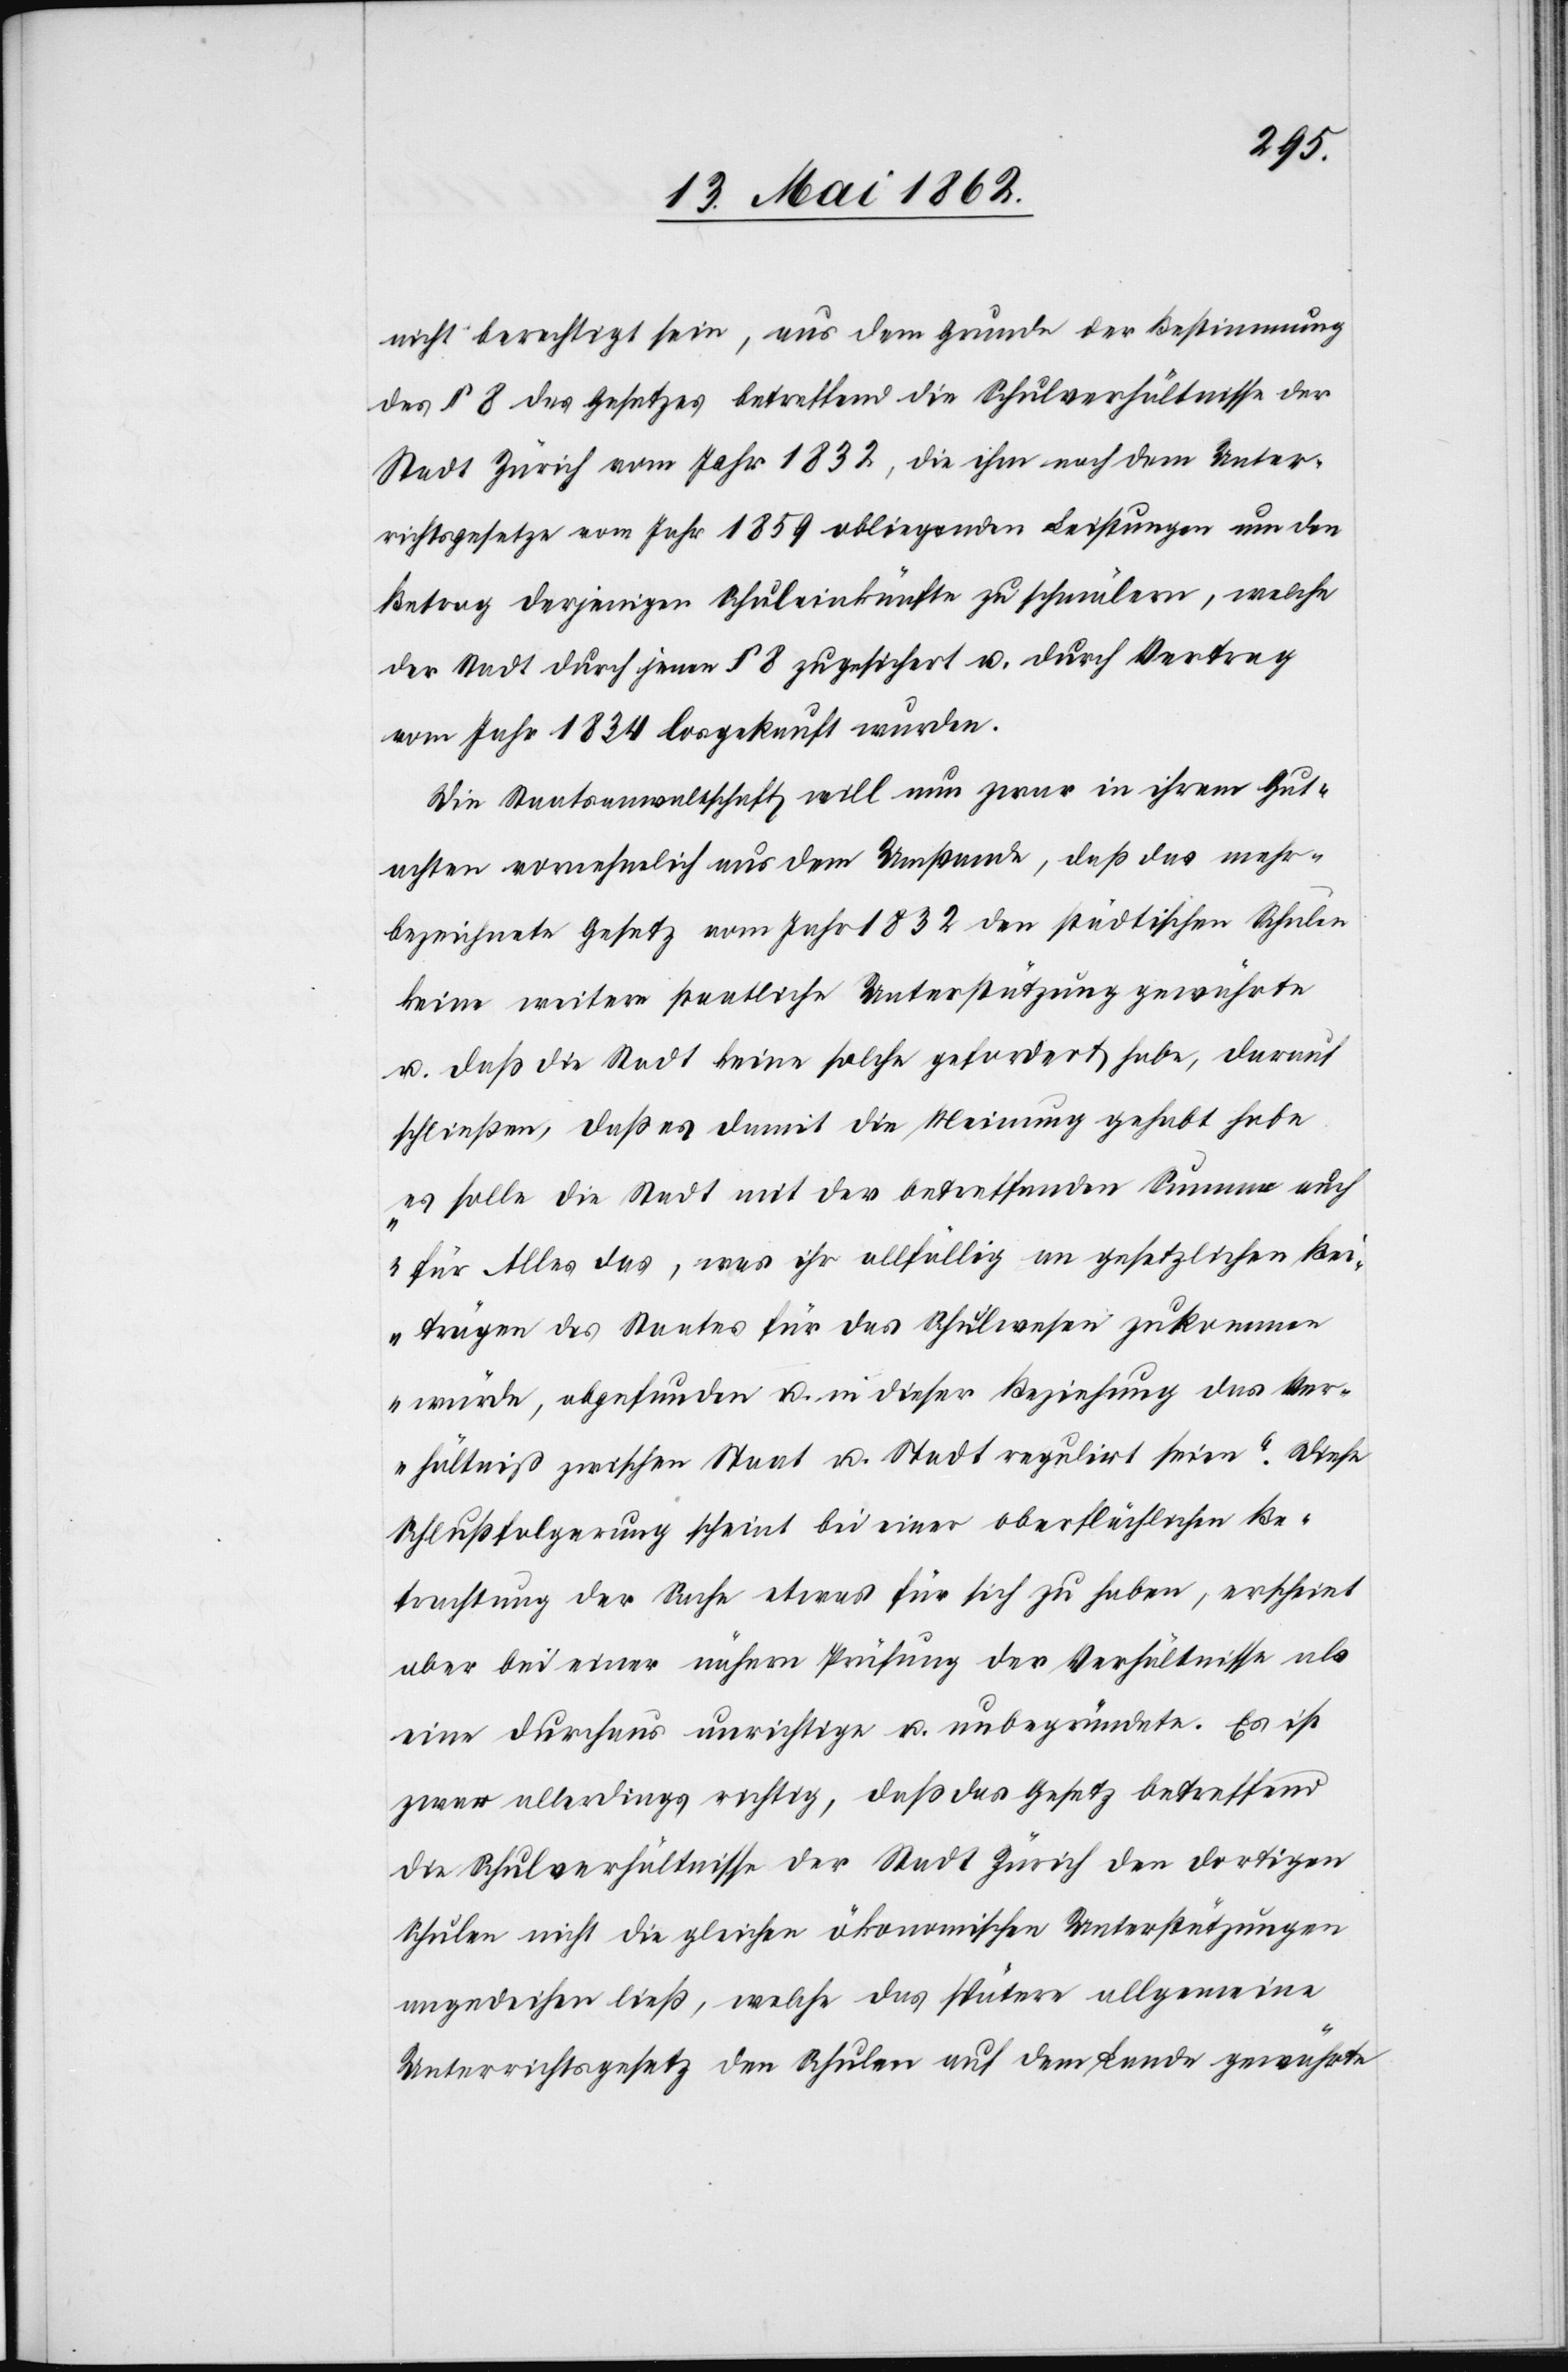
des § 8 des Gesetzes betreffend die Schulverhältnisse der
Stadt Zürich vom Jahr 1832, die ihm nach dem Unter¬
richtsgesetze vom Jahr 1859 obliegenden Leistungen um den
Betrag derjenigen Schuleinkünfte zu schmälern, welche
der Stadt durch jenen § 8 zugesichert u. durch Vertrag
vom Jahr 1834 losgekauft wurden.
Die Staatsanwaltschaft will nun zwar in ihrem Gut¬
achten vornehmlich aus dem Umstande, daß das mehr¬
bezeichnete Gesetz vom Jahr 1832 den städtischen Schulen
keine weitere staatliche Unterstützung gewährte
u. daß die Stadt keine solche gefordert habe, darauf
schließen, daß es damit die Meinung gehabt habe
„es solle die Stadt mit der betreffenden Summe auch
für Alles das, was ihr allfällig an gesetzlichen Bei¬
trägen des Staates für das Schulwesen zukommen
würde, abgefunden u. in dieser Beziehung das Ver¬
hältniß zwischen Staat u. Stadt regulirt seien.“ Diese
Schlußfolgerung scheint bei einer oberflächlichen Be¬
trachtung der Sache etwas für sich zu haben, erscheint
aber bei einer nähern Prüfung der Verhältnisse als
eine durchaus unrichtige u. unbegründete. Es ist
zwar allerdings richtig, daß das Gesetz betreffend
die Schulverhältnisse der Stadt Zürich den dortigen
Schulen nicht die gleichen ökonomischen Unterstützungen
angedeihen ließ, welche das spätere allgemeine
Unterrichtsgesetz den Schulen auf dem Lande gewährte